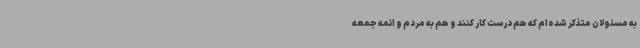
به مسئولان متذکر شده‌ام که هم درست کار کنند و هم به مردم و ائمه جمعه